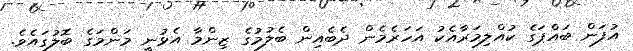
އުފަން ބައްޕަގެ ކުއްލިމަރާއެކު އަހަރެމެން ދެބެއިން ބެލުމުގެ ޒިންމާ އެޅުނީ މަންމަގެ ބޮލުގައެވެ.